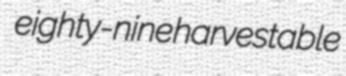
eighty-nine harvestable